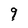
Character: q